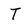
Character: T